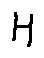
H